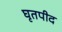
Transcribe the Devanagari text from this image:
घृतपीद